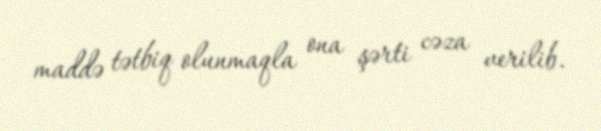
maddə tətbiq olunmaqla ona şərti cəza verilib.